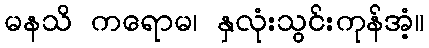
မနသိ ကရောမ၊ နှလုံးသွင်းကုန်အံ့။